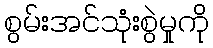
စွမ်းအင်သုံးစွဲမှုကို